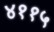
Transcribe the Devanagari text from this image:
४११५